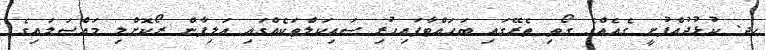
ހދ. ކުޅުދުއްފުށީ ގެއެއްގެ ގޯތި ތެރޭގައި ބަހައްޓާފައިހުރި ސައިކަލްތަކެއްގައި އަލިފާން ރޯކޮށްލި މައްސަލައިގެ